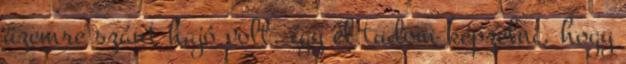
üzemre szánt hajó volt, így el tudom képzelni, hogy